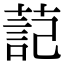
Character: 䓽